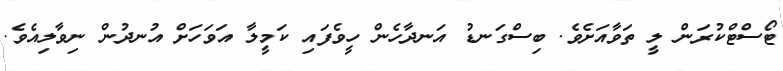
ޓޯސްޓްކުރަން ލީ ތަވާއަށެވެ. ބިސްގަނޑު އަނދާހެން ހީވެފައި ކަމީލާ އަވަހަށް އުނދުން ނިވާލިއެވެ.